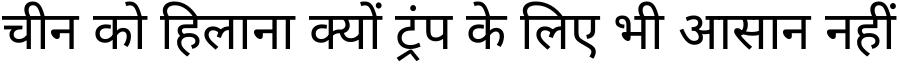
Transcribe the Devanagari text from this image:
चीन को हिलाना क्यों ट्रंप के लिए भी आसान नहीं